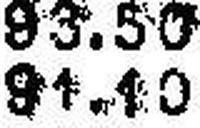
91.10